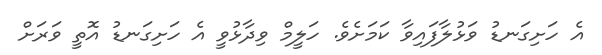
އެ ހަށިގަނޑު ވަޅުލާފައިވާ ކަމަށެވެ. ހަލީމް ވިދާޅުވީ އެ ހަށިގަނޑު އޮތީ ވަރަށް